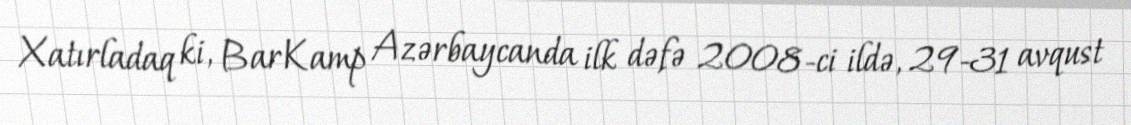
Xatırladaq ki, BarKamp Azərbaycanda ilk dəfə 2008-ci ildə, 29-31 avqust